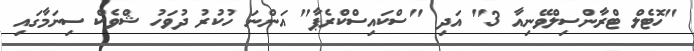
"ހޮޓެލް ޓްރާންސިލްވޭނިއާ 3" އަދި "ސްކައިސްކްރެޕާ" އަންނަ ހުކުރު ދުވަހު ޝްވެކް ސިނަމާގައި